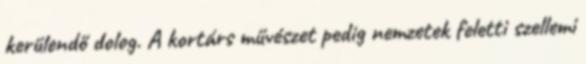
kerülendő dolog. A kortárs művészet pedig nemzetek feletti szellemi